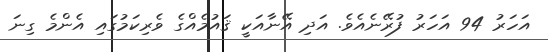
އަހަރު 94 އަހަރު ފުރޭނެއެވެ. އަދި އޭނާއަކީ ޤައުމެއްގެ ވެރިކަމުގައި އެންމެ ގިނަ